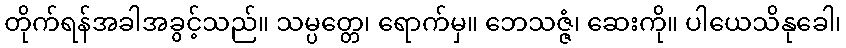
တိုက်ရန်အခါအခွင့်သည်။ သမ္ပတ္တေ၊ ရောက်မှ။ ဘေသဇ္ဇံ၊ ဆေးကို။ ပါယေသိနုခေါ၊